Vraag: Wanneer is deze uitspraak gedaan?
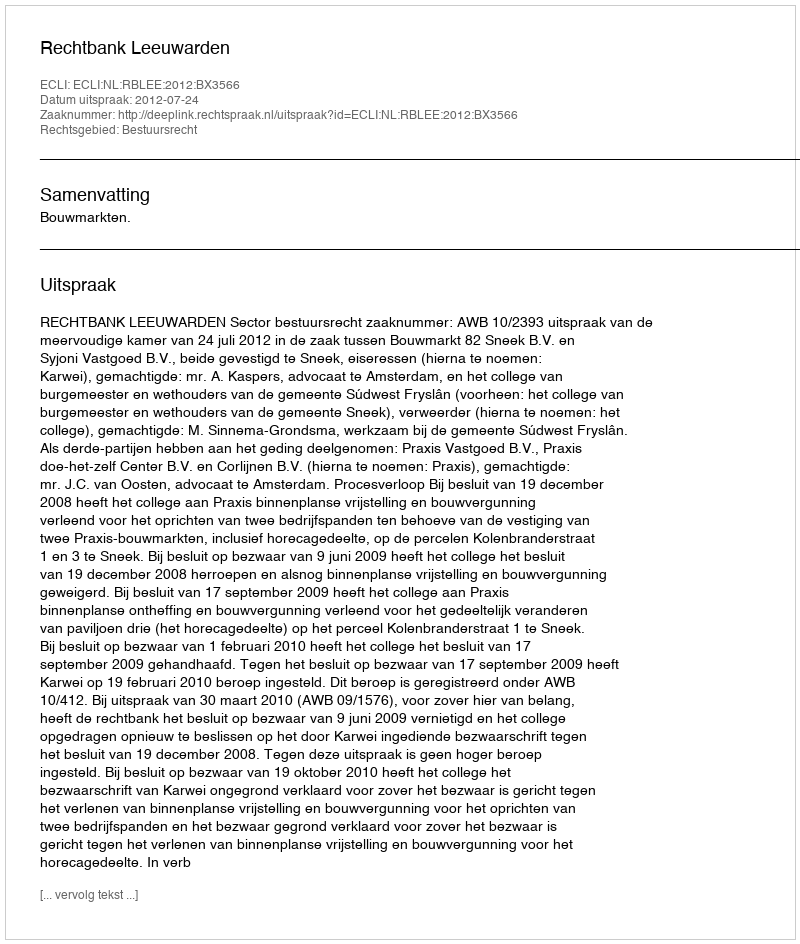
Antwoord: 2012-07-24